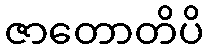
ဇာတောတိပိ